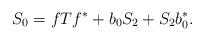
LaTeX: \begin{align*}S_0=fTf^*+b_0S_2+S_2b^*_0.\end{align*}